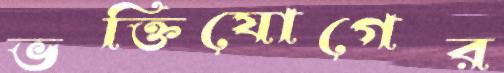
ভক্তিযোগের